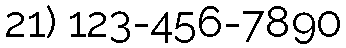
21) 123-456-7890